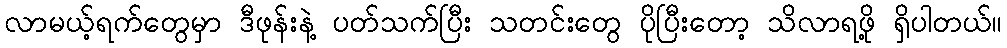
လာမယ့်ရက်တွေမှာ ဒီဖုန်းနဲ့ ပတ်သက်ပြီး သတင်းတွေ ပိုပြီးတော့ သိလာရဖို့ ရှိပါတယ်။